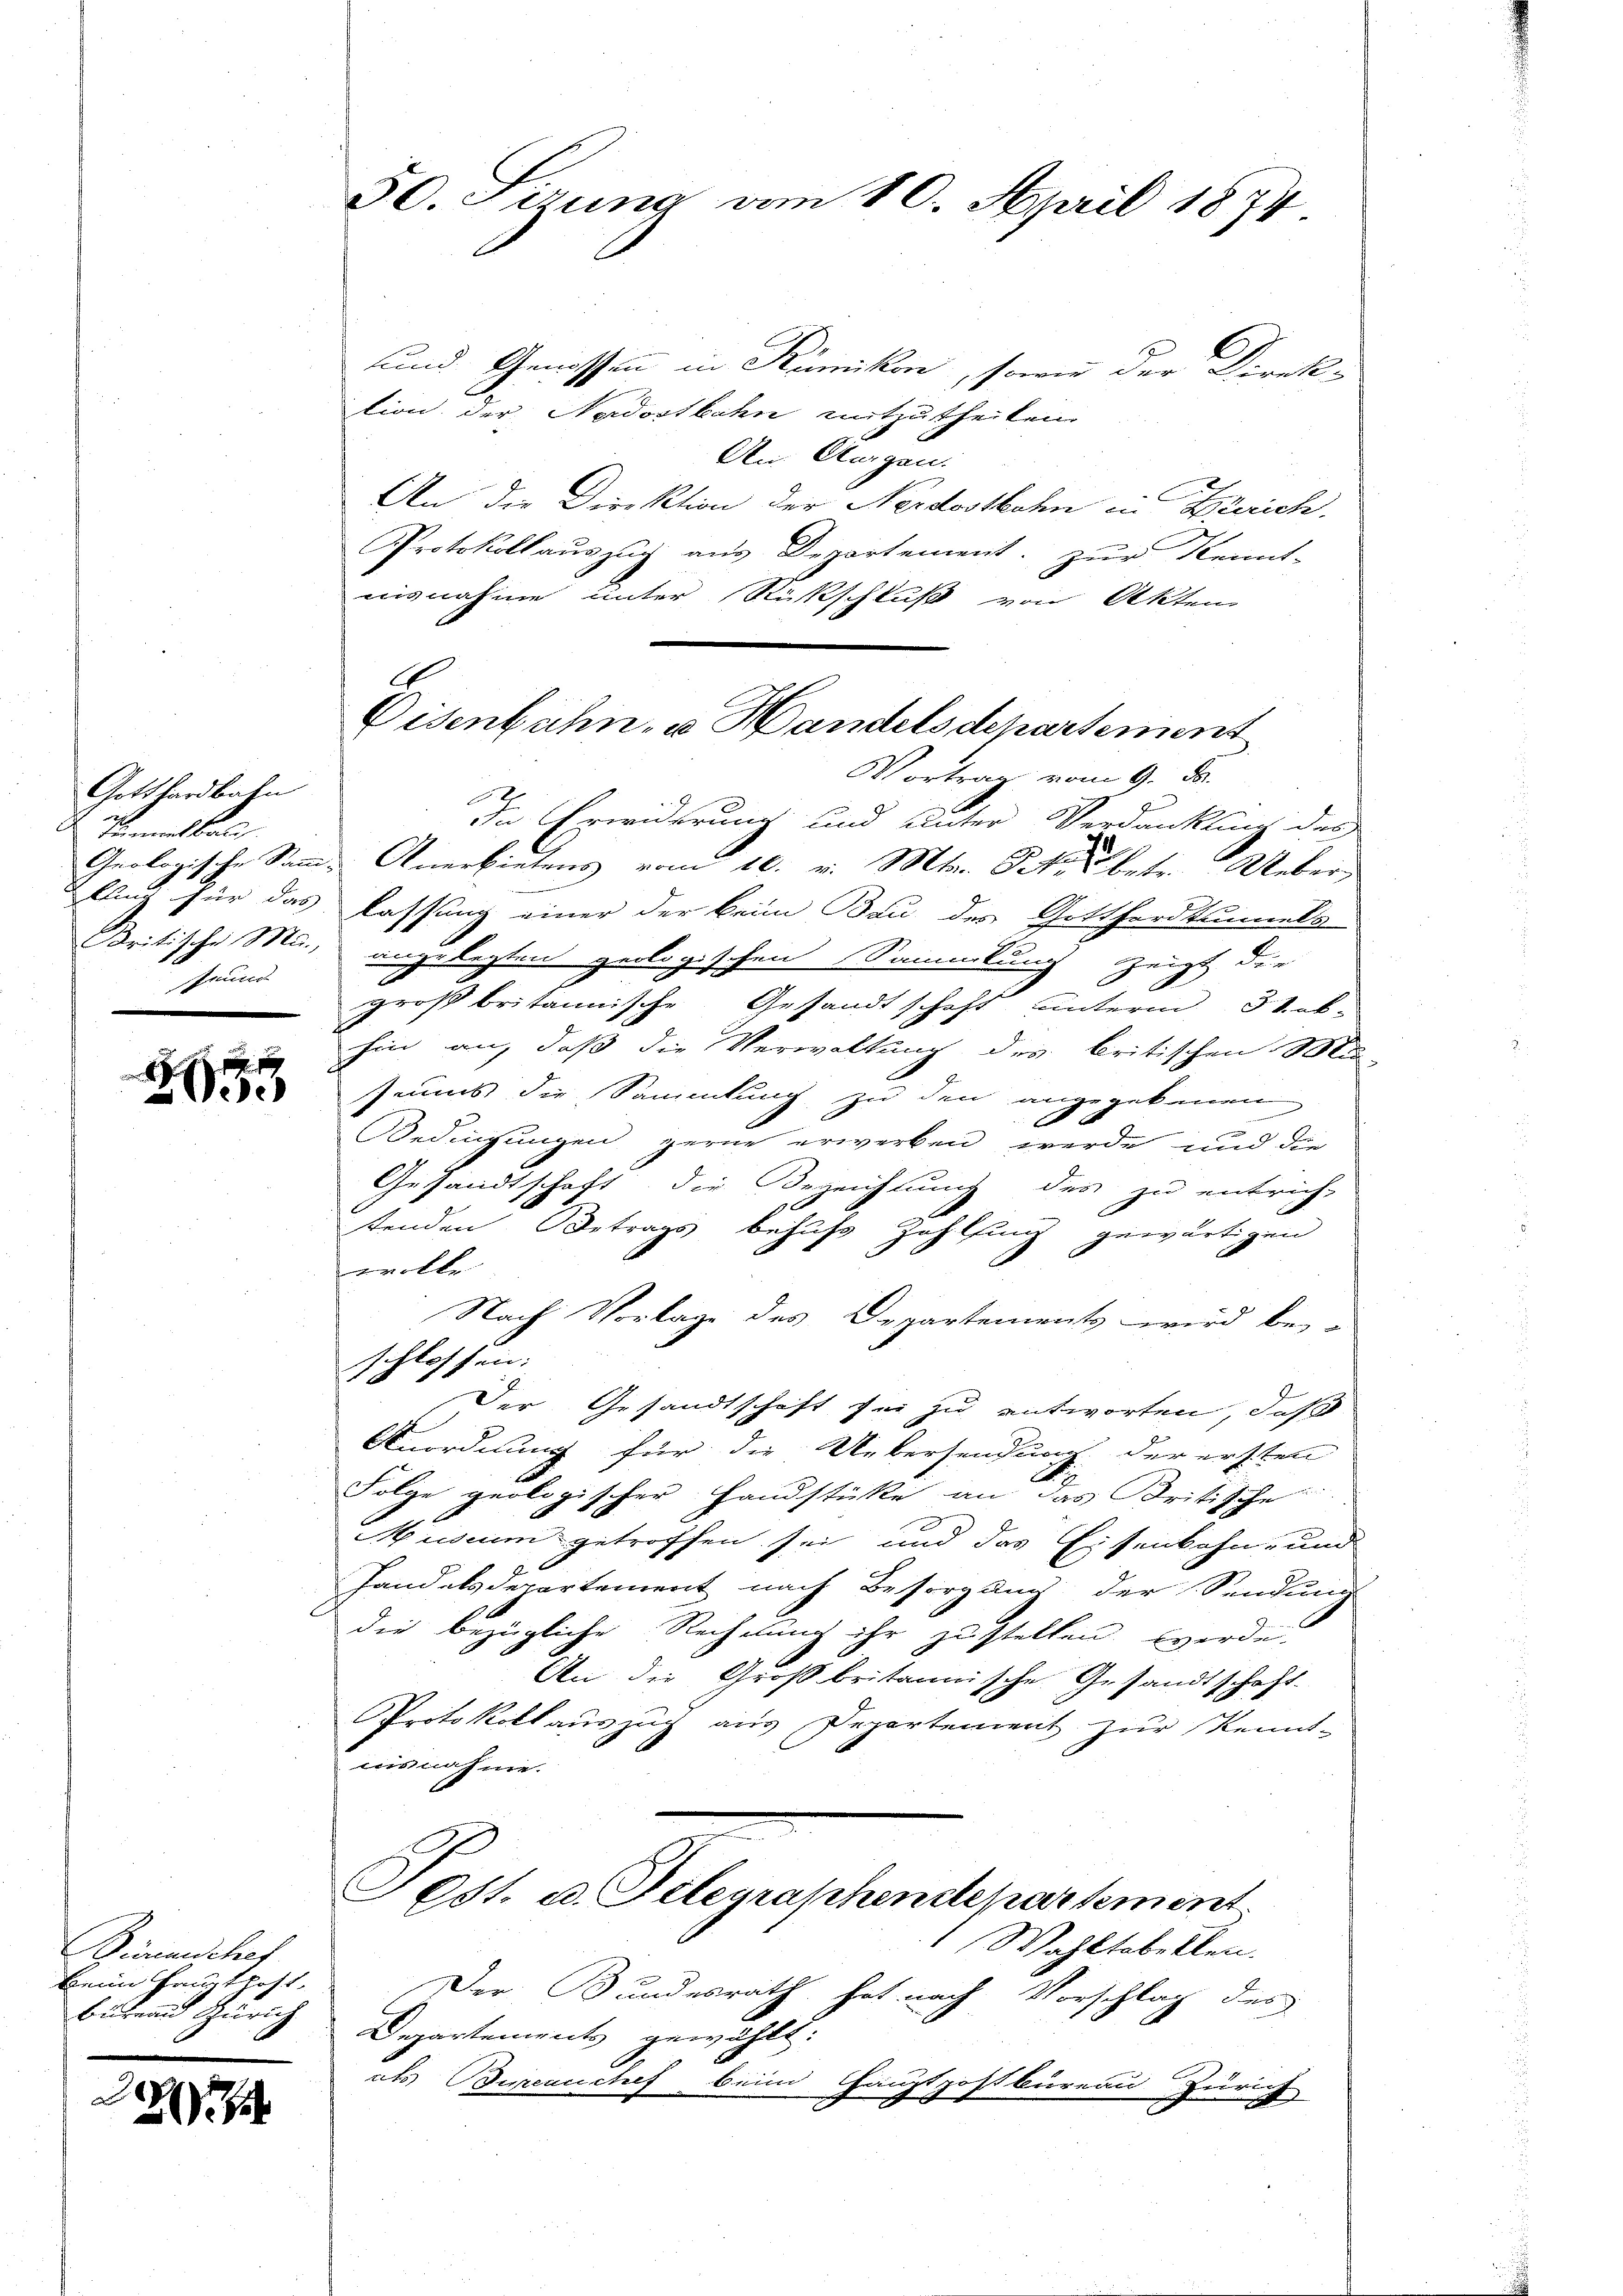
Gotthardbahn
imatkan
Geologische Samm
Alliis für das
Britische Mn.,
Prund

5

Birmenschaf
keim Grenthoft,
Bureau Zürich

22

50. Sizung vom 10. April 1874

Eisenbahn- u. Handelsdepartement
Vortrag vom 9. d.

und Genossen in Rümikon, sowie der Direk-
tion der Nordostbahn mitzutheilen.
An Augen.
An die Direktion der Nordostbahn in Zürich.
Protokollauszug aus Departement. Zur Kennt-
aisnahme unter Rückschluß von Akten
In Erwiderung und unter Verdankung des
Anerbietens vom 10. v. Mts. Peter betr. Ueberlassung einer der beim Bau des Gotthardtunnels
einge lezten geologischen Sammlung zeigt die
großbritannische Gesandtschaft unterm 31. ab-
hin an, daß die Verwaltung des britischen Mi-
seums die Sammlung zu den angegebenen
F
Bedingungen gerne erwerben werde und die
Gesandtschaft die Bezeichnung des zu entrich-
tenden Betrags behuf Zahlung gewärtigen
webt
Nach Vorlage des Departements wird bei
hlossen:
.
Der Gesandtschaft sei zu entworten, daß
Anordnung für die Uebersendung der ersten
d
Folge geologischer Handstücke an das Kritische
Museum getroffen sei, und das Eisenbahn- und
Handelsdepartement nach Besorgung der Sendunge
die bezügliche Rechnung ihr zustellen werde.
An die Großbritannische Gesandtschaft.
Protokoll auszug aus Departement zur Kennt-
aisnahme.
Pest. d. Telegraphendepartement
Wahltabellen.
Der Bundesrath hat nach Vorschlag des
Departements gewählt:
als Burcacchef beim Hauptpostbüreau Züric

t